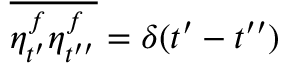
\overline { { \eta _ { t ^ { \prime } } ^ { f } \eta _ { t ^ { \prime \prime } } ^ { f } } } = \delta ( t ^ { \prime } - t ^ { \prime \prime } )